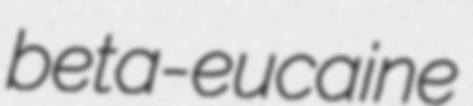
beta-eucaine